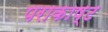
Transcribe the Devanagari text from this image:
पराकाष्ट